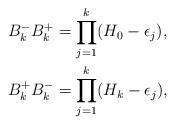
LaTeX: \begin{align*}B_k^- B_k^+ &= \prod_{j=1}^k (H_0 - \epsilon_j),\\B_k^+ B_k^- &= \prod_{j=1}^k (H_k - \epsilon_j),\end{align*}